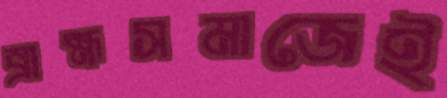
ব্রাহ্মসমাজেই